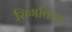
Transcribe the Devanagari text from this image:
सिगकिल